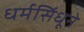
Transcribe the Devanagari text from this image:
धर्मसिंधूने